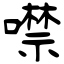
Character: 噤